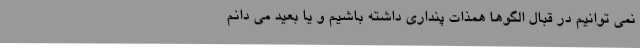
نمی توانیم در قبال الگوها همذات پنداری داشته باشیم و یا بعید می دانم